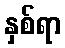
နှစ်ရာ